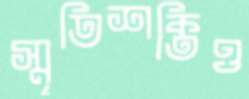
স্মৃতিশক্তিও